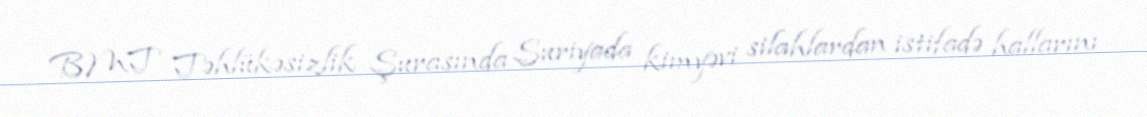
BMT Təhlükəsizlik Şurasında Suriyada kimyəvi silahlardan istifadə hallarını